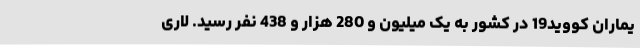
یماران کووید19 در کشور به یک میلیون و 280 هزار و 438 نفر رسید. لاری